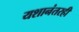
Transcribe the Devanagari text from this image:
यशानंतरही